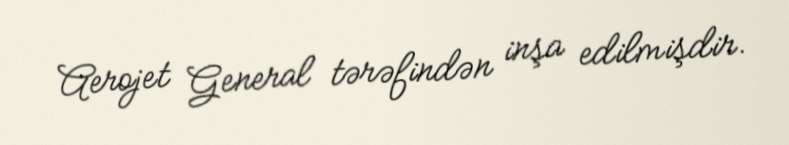
Aerojet General tərəfindən inşa edilmişdir.